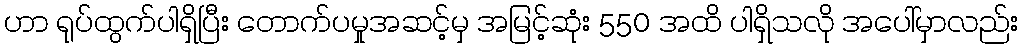
ဟာ ရုပ်ထွက်ပါရှိပြီး တောက်ပမှုအဆင့်မှ အမြင့်ဆုံး 550 အထိ ပါရှိသလို အပေါ်မှာလည်း